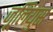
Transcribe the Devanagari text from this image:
जूलियुस